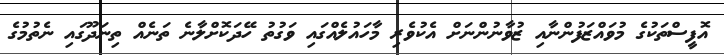
އޮފީސްތަކުގެ މުވައްޒަފުންނާއި ޒުވާނުންނަށް އެކުވެރި މާހައުލެއްގައި ވަގުތު ހޭދަކޮށްލާނެ ތަނެއް ތިނަދޫގައި ނެތުމުގެ